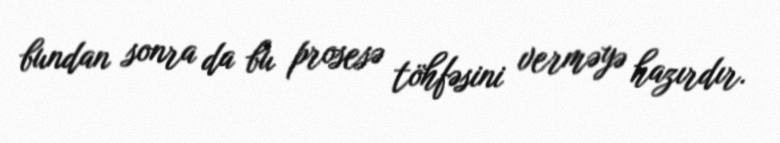
bundan sonra da bu prosesə töhfəsini verməyə hazırdır.